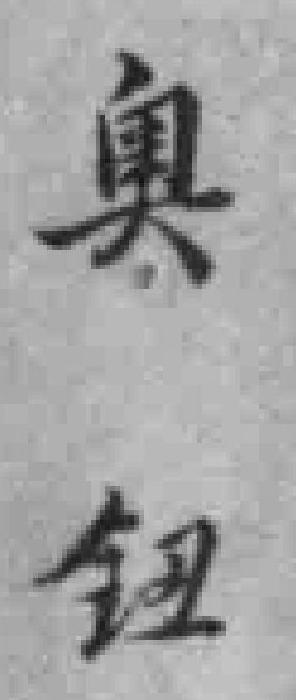
奥鈕